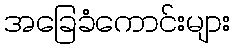
အခြေခံကောင်းများ